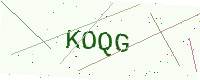
Text: KOQG